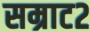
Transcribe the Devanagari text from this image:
सम्राट२